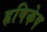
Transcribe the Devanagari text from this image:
हृषिकेष